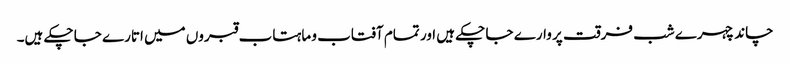
چاند چہرے شب فرقت پر وارے جا چکے ہیں اور تمام آفتاب و ماہتاب قبروں میں اتارے جا چکے ہیں۔